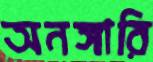
অনঙ্গারি